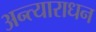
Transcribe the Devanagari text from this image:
अन्त्याराधन